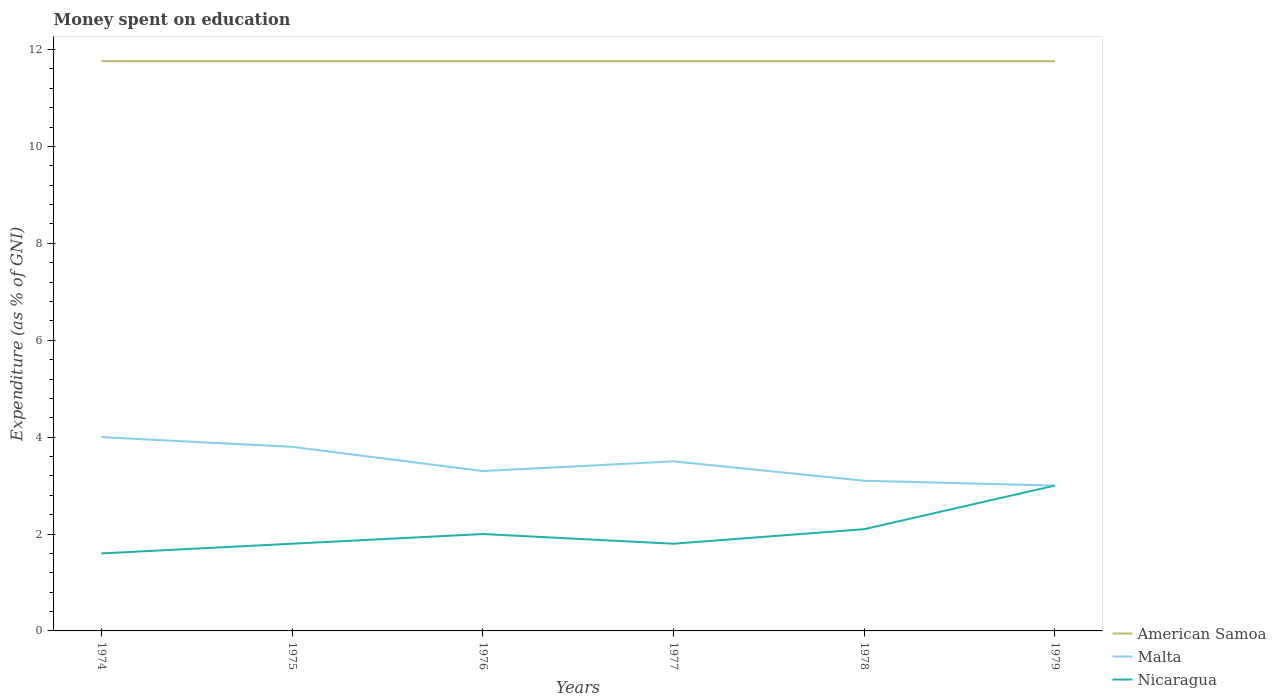
| Years | American Samoa | Malta | Nicaragua |
 | --- | --- | --- | --- |
 | 1974 | 11.8 | 4 | 1.6 |
 | 1975 | 11.8 | 3.8 | 1.8 |
 | 1976 | 11.8 | 3.3 | 2 |
 | 1977 | 11.8 | 3.5 | 1.8 |
 | 1978 | 11.8 | 3.1 | 2.1 |
 | 1979 | 11.8 | 3 | 3 |